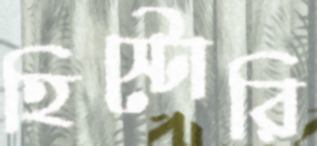
হিস্টোরি